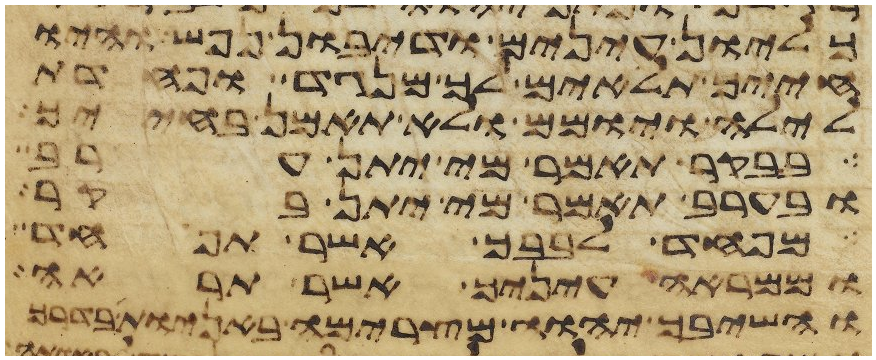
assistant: כליון עינים ודיבון נפש והיו
חייך תלאים לך מנגד ופחדת
לילה ויומם ולא תאמן בחייך
בבקר תאמר מי יתן ערב
ובערב תאמר מי יתן בקר
מפחד לבבך אשר תפחד
וממראה עיניך אשר תראה
והשיבך יהוה מצרימה באניות בדרך